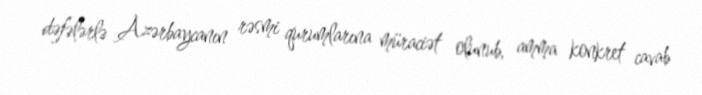
dəfələrlə Azərbaycanın rəsmi qurumlarına müraciət olunub, amma konkret cavab